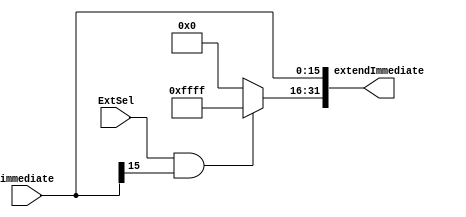
`timescale 1ns / 1ps
module SignZeroExtend(
	input[15:0] immediate,
	input ExtSel,
	output[31:0] extendImmediate
);
	assign extendImmediate={ExtSel && immediate[15] ? 16'hffff : 16'h0000, immediate};
endmodule